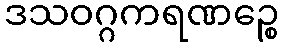
ဒသဝဂ္ဂကရဏဉ္စေ